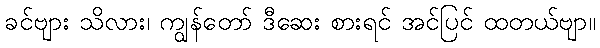
ခင်ဗျား သိလား၊ ကျွန်တော် ဒီဆေး စားရင် အင်ပြင် ထတယ်ဗျာ။